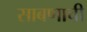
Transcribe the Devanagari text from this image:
साबणाची